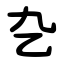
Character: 㐇